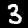
Digit: 3